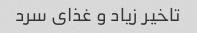
تاخیر زیاد و غذای سرد